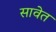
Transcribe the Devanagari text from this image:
सावेत